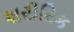
શરીરિક